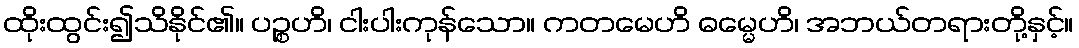
ထိုးထွင်း၍သိနိုင်၏။ ပဉ္စဟိ၊ ငါးပါးကုန်သော။ ကတမေဟိ ဓမ္မေဟိ၊ အဘယ်တရားတို့နှင့်။